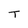
Character: T